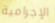
الإجرامية